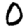
Digit: 0